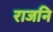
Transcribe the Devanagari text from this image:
राजनि